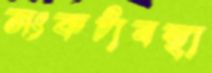
সংকটাবস্থা